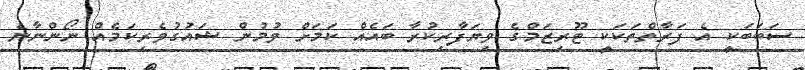
ސަބަބަކީ އެ ފަރާތްތަކަކީ ޓޫރިޒަމްގެ ވިޔަފާރިކުރާ ބައެއް ކަމަށް ވުމުން ޝައުގުވެރިކަމެއް ނޯންނާނެ